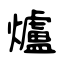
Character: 爐